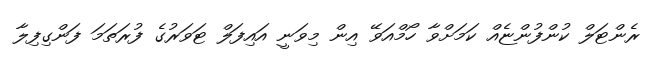
ރެންޓަލް ކުންފުންޏެއް ކަމަށްވާ ހޯމްއަވޭ އިން މިވަނީ އައިފަލް ޓަވަރުގެ ފުރަތަމަ ފަންގިފިލާ